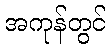
အကုန်တွင်